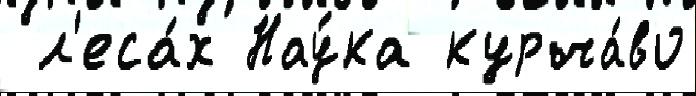
 л'еса́х Нау́ка курча́во